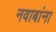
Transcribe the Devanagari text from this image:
नवाबांना